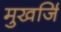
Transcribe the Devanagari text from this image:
मुखर्जि